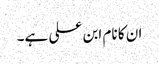
ان کا نام ابن علی ہے۔